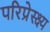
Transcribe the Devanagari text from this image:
परिप्रेस्क्ष्य